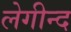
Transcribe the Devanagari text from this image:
लेगीन्द